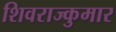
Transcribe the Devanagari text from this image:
शिवराज्कुमार